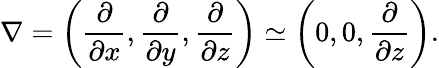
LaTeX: \nabla=\left({\frac{\partial}{\partial x},\frac{\partial}{\partial y},\frac{\partial}{\partial z}}\right)\simeq\left({0,0,\frac{\partial}{\partial z}}\right).